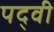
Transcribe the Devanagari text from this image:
पद्‍वी